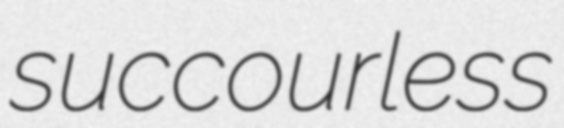
succourless